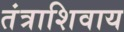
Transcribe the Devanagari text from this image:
तंत्राशिवाय